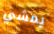
يمشي